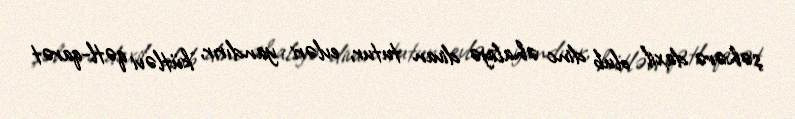
şəhərə daxil olub dinc əhaliyə divan tutur, evləri yandırır, kütləvi qətl-qarət